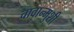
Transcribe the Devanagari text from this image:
चावान्मुशी